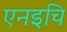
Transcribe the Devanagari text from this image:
एनइचि